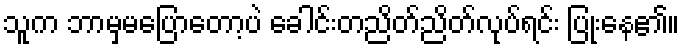
သူက ဘာမှမပြောတော့ပဲ ခေါင်းတညိတ်ညိတ်လုပ်ရင်း ပြုံးနေ၏။